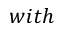
w i t h